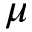
\mu